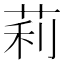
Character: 莉